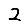
Digit: 2